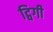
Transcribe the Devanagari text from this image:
ट्विगी